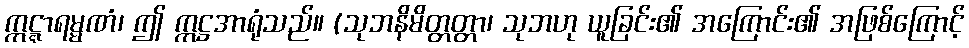
ဣဋ္ဋာရမ္မဏံ၊ ဤ ဣဋ္ဌအာရုံသည်။ (သုဘနိမိတ္တတ္တာ၊ သုဘဟု ယူခြင်း၏ အကြောင်း၏ အဖြစ်ကြောင့်